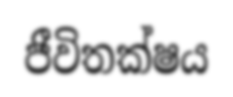
ජීවිතක්ෂය